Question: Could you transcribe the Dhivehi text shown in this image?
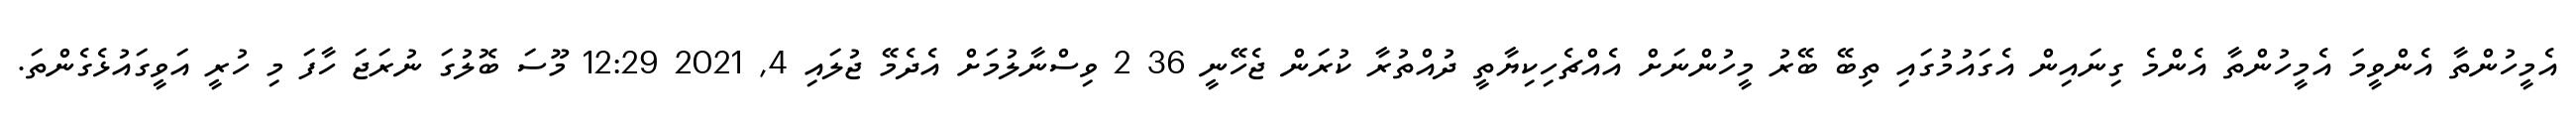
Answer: އެމީހުންތާ އެންވީމަ އެމީހުންތާ އެންމެ ގިނައިން އެގައުމުގައި ތިބޭ ބޭރު މީހުންނަށް އެއްޗެހިކިޔާތީ ދުއްތުރާ ކުރަން ޖެހޭނީ 36 2 ވިސްނާލުމަށް އެދެމޭ ޖުލައި 4, 2021 12:29 މޫސަ ބޮލުގަ ނުރަޖަ ހާފަ މި ހުރީ އަވީގައުޅެގެންތަ.